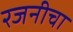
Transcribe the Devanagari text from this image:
रजनीचा